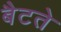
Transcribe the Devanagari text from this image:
बैटते